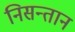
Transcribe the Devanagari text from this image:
निसन्तान